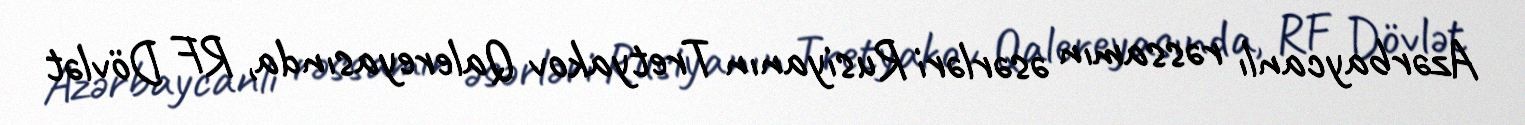
Azərbaycanlı rəssamın əsərləri Rusiyanın Tretyakov Qalereyasında, RF Dövlət